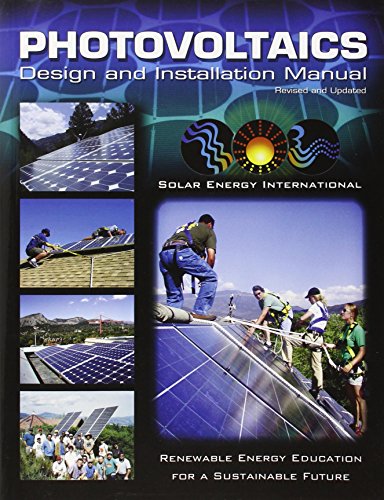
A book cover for Photovoltaics: Design and Installation Manual; Solar Energy International; Engineering & Transportation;